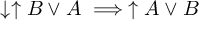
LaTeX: \downarrow \uparrow B \lor A \implies \uparrow A \lor B